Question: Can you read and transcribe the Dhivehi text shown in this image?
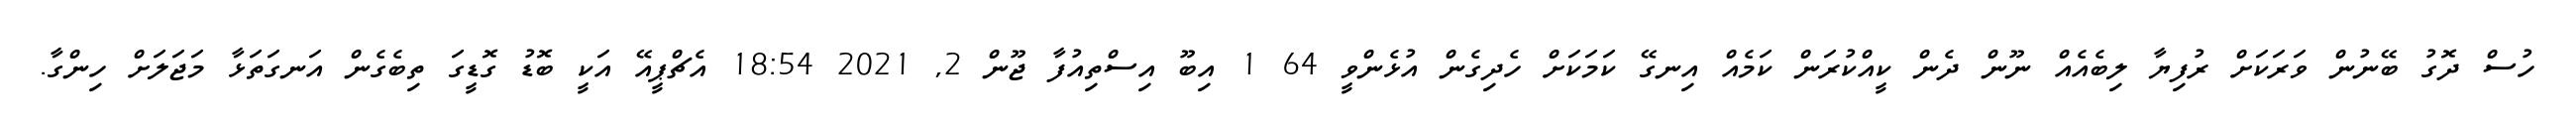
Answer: ހުސް ދޮގު ބޭނުން ވަރަކަށް ރުފިޔާ ލިބެއެއް ނޫން ދެން ކީއްކުރަން ކަމެއް އިނގޭ ކަމަކަށް ހެދިގެން އުޅެންވީ 64 1 އިބޫ އިސްތިއުފާ ޖޫން 2, 2021 18:54 އެޗްޕީއޭ އަކީ ބޮޑު ގޮޑީގަ ތިބެގެން އަނގަތަޅާ މަޖަލަށް ހިންގާ.